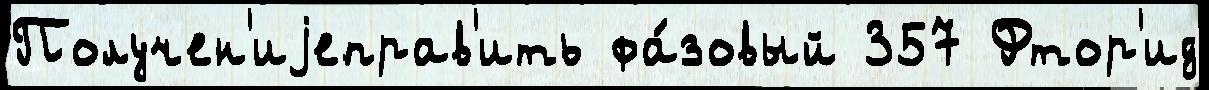
Получен'иjеправ'ить фа́зовый 357 Фтор'ид